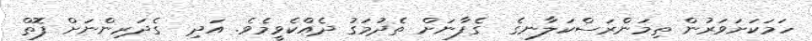
ހަމަކަށަވަރުން ތިމަންރަސްކަލާނގެ  ގެފާނަށް ތެދުމަގު ދެއްކެވީމެވެ. އަދި  ގެދަރިންނަށް ފޮތް